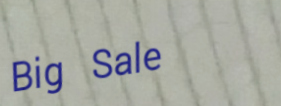
Big Sale